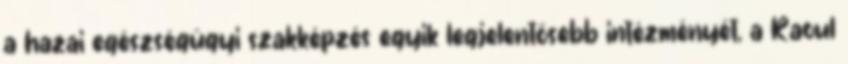
a hazai egészségügyi szakképzés egyik legjelentősebb intézményét, a Raoul